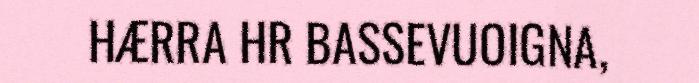
HÆRRA HR BASSEVUOIGNA,